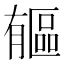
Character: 𣎥